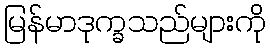
မြန်မာဒုက္ခသည်များကို